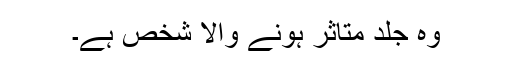
وہ جلد متاثر ہونے والا شخص ہے۔